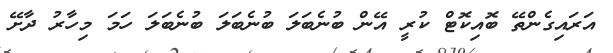
އަރައިގެންތޭ ބޮއިކޮޓް ކުރީ އޭން ބުނެބަލަ ބުނެބަލަ ބުނެބަލަ ހަމަ މިހާރު ދާށޭ